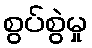
စွပ်စွဲမှု